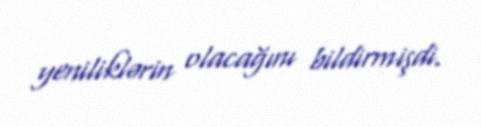
yeniliklərin olacağını bildirmişdi.